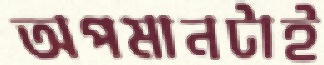
অপমানটাই